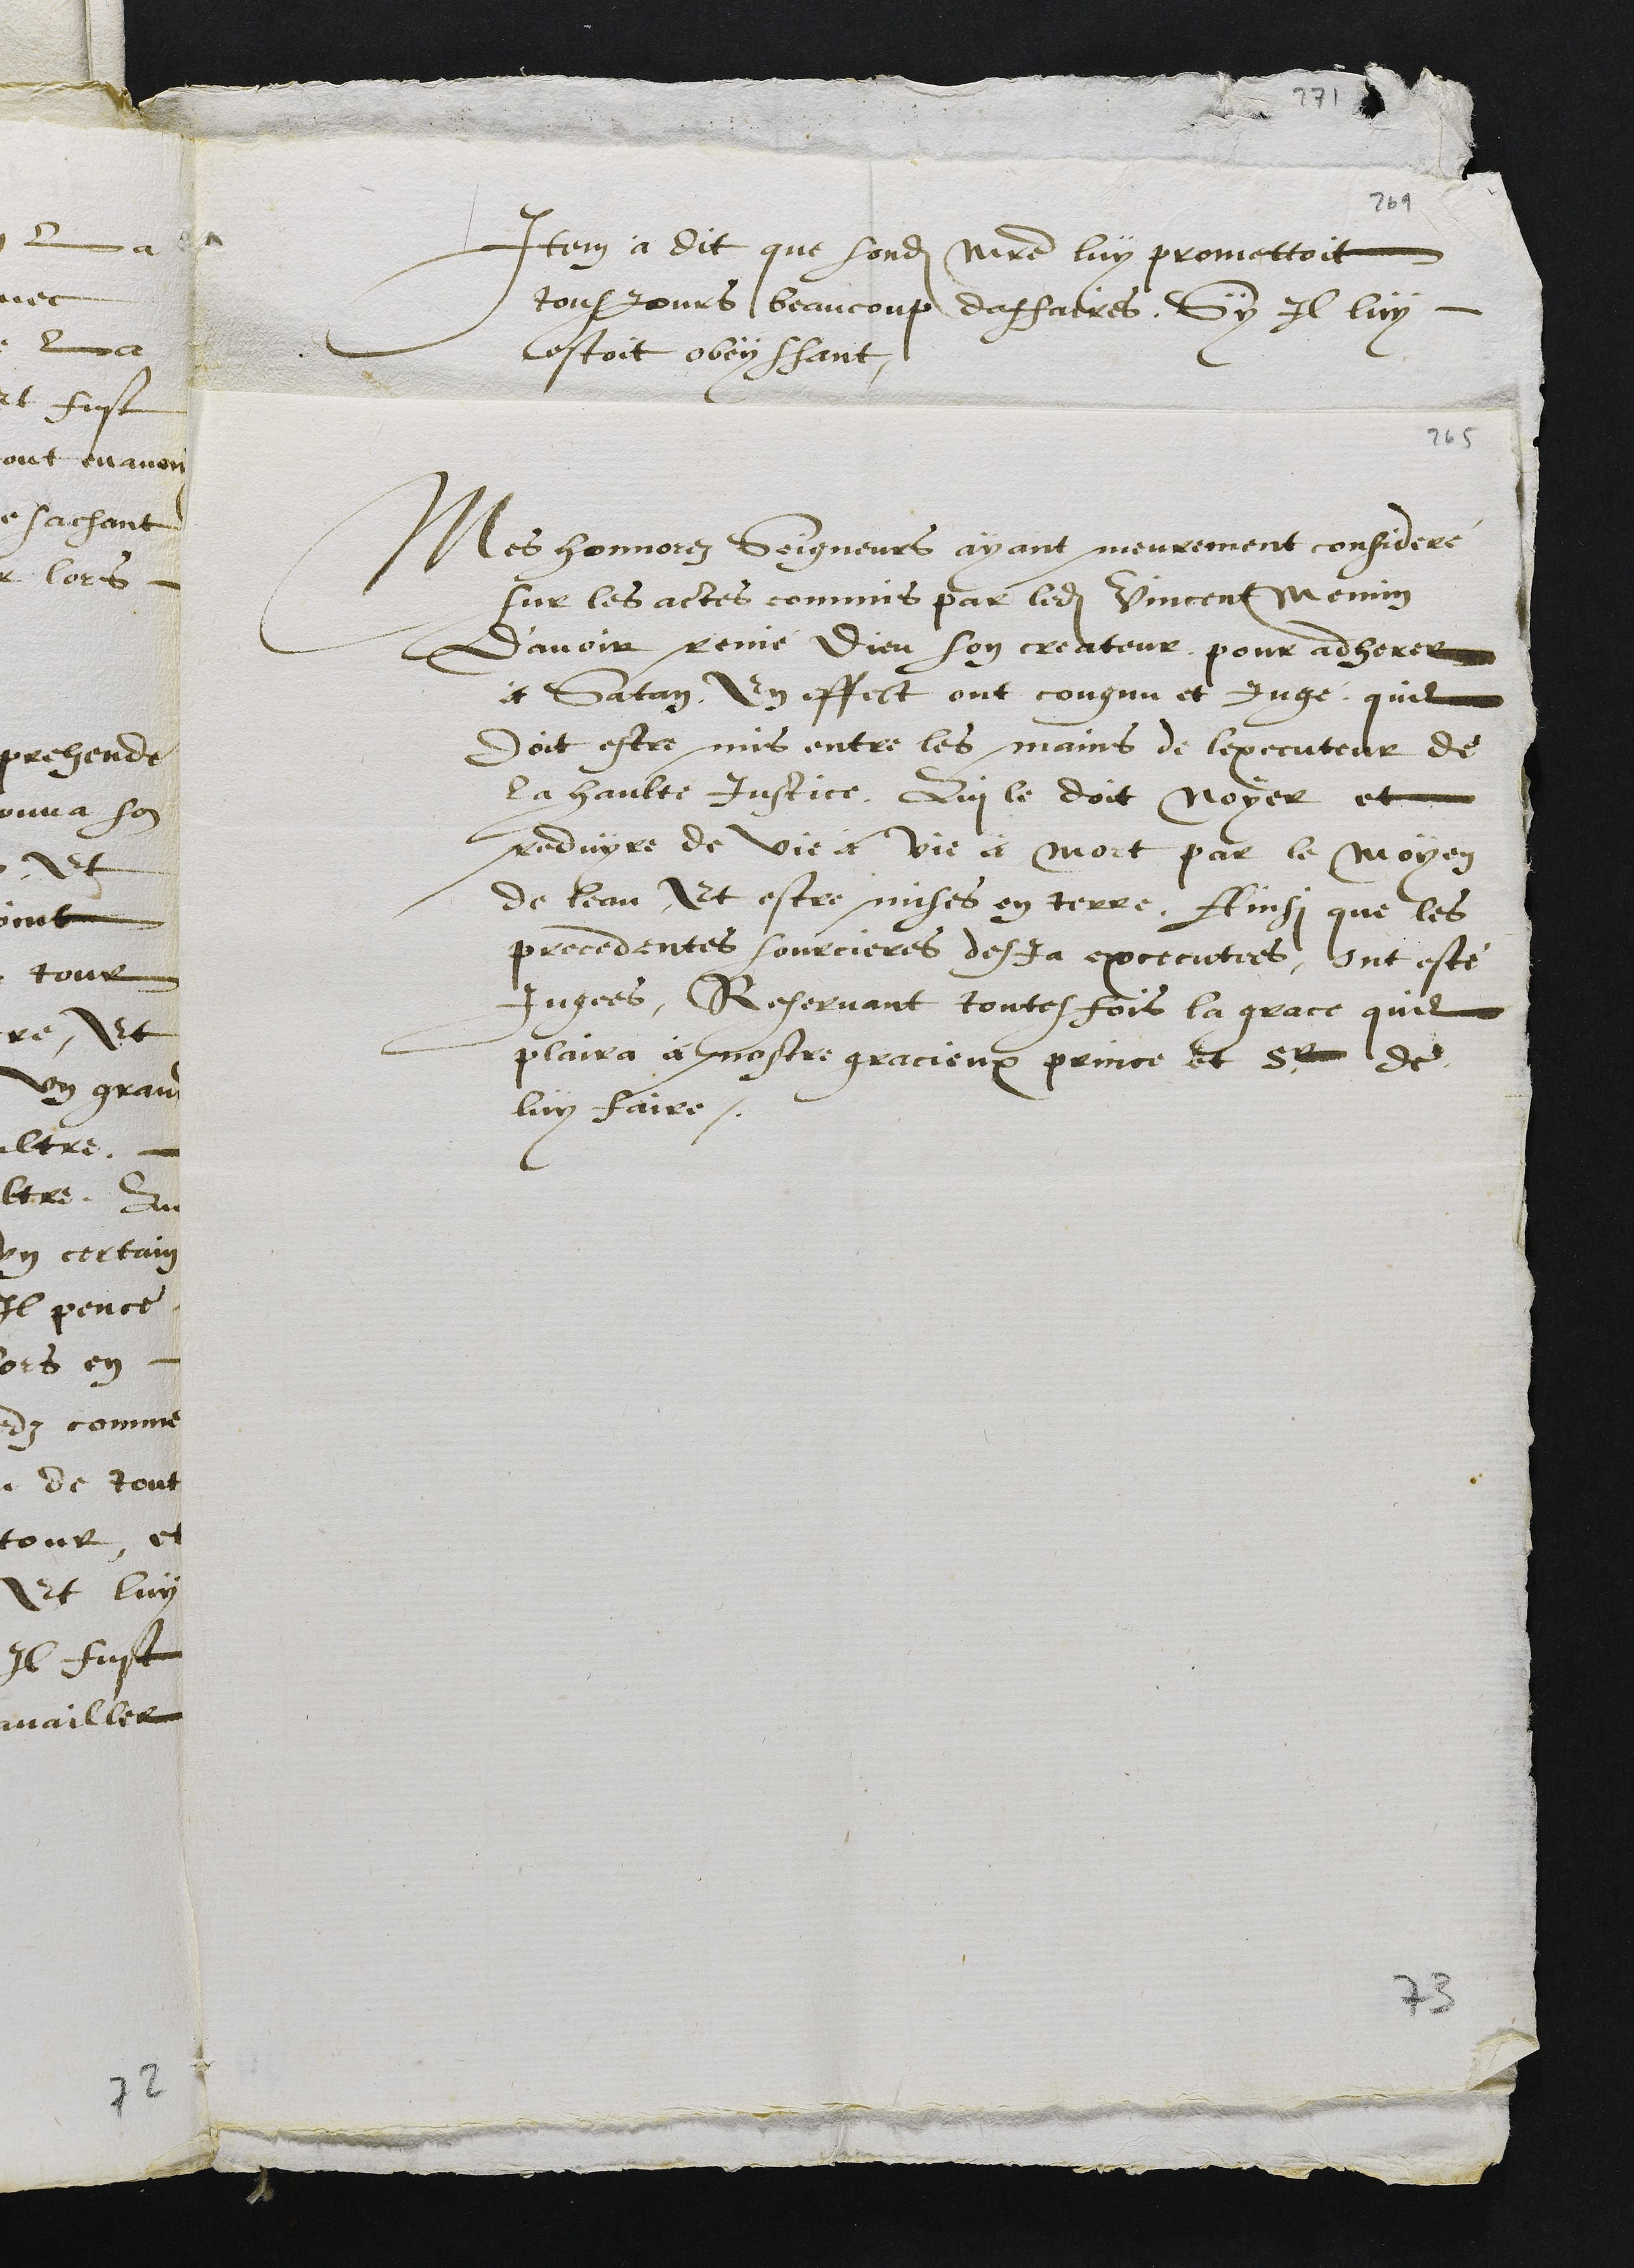
Item a dit que sondit maitre luy promettoit
tousjours beaucoup daffaires, Sy Il luy
estoit obeyssant
Mes honnorez Seigneurs ayant meurement consideré
sur les actes commis par ledit Vincent Mennin
d’avoir renié Dieu son createur, pour adherer
à Satan, en effect ont congnu et jugé quil
doit estre mis entre les mains de l’executeur de
la haulte justice, Qui le doit noyer et
reduyre de vie a vie a mort par le moyen
de leau et estre mises en terre, Ainsi que les
precedentes sourcieres desja excecutees, ont esté
jugees, Reservant toutesfois la grace qu'il
plaira à nostre gracieux prince et sr de
luy faire.

73